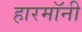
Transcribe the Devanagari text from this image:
हारमॉनी